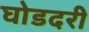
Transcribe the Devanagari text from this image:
घोडदरी